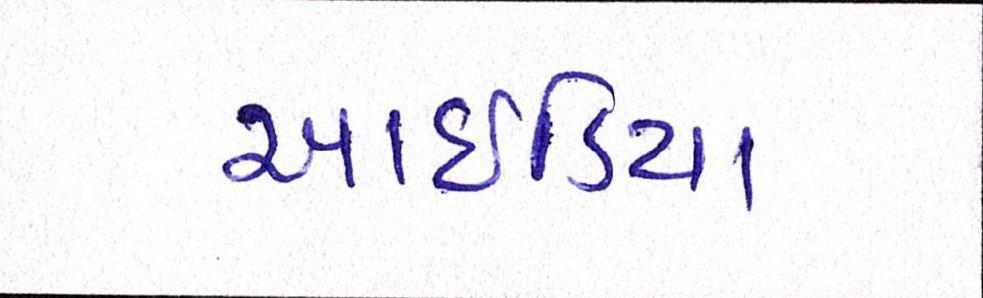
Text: આઇડિયા